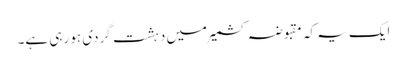
ایک یہ کہ مقبوضہ کشمیر میں دہشت گردی ہو رہی ہے۔